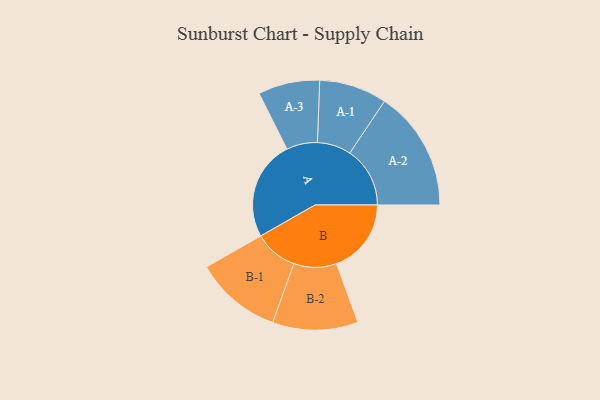
{"axis": {"x": "Segment", "y": "Value"}, "legend": ["", "A", "B"], "data": [{"x": "A", "y": 462, "type": ""}, {"x": "B", "y": 347, "type": ""}, {"x": "A-1", "y": 157, "type": "A"}, {"x": "A-2", "y": 279, "type": "A"}, {"x": "A-3", "y": 143, "type": "A"}, {"x": "B-1", "y": 201, "type": "B"}, {"x": "B-2", "y": 198, "type": "B"}]}